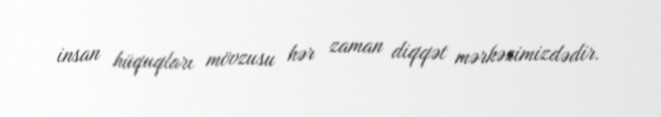
insan hüquqları mövzusu hər zaman diqqət mərkəzimizdədir.